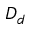
D _ { d }